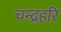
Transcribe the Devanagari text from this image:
चन्द्रहरि